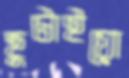
ছুটাইয়ো